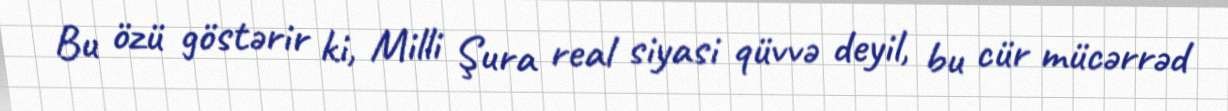
Bu özü göstərir ki, Milli Şura real siyasi qüvvə deyil, bu cür mücərrəd